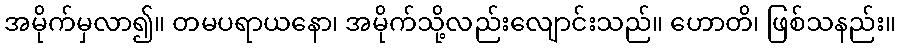
အမိုက်မှလာ၍။ တမပရာယနော၊ အမိုက်သို့လည်းလျောင်းသည်။ ဟောတိ၊ ဖြစ်သနည်း။